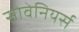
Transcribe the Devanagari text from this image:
सोवेनियर्स